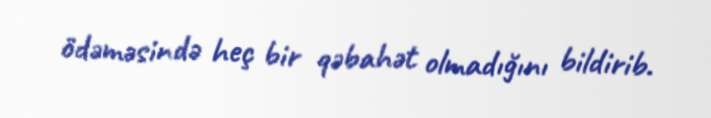
ödəməsində heç bir qəbahət olmadığını bildirib.